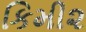
કિમી૨